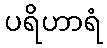
ပရိဟာရံ